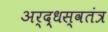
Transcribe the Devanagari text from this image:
अर्द्धस्वतंत्र